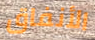
الأنفاق